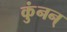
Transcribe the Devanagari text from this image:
कुंनन्